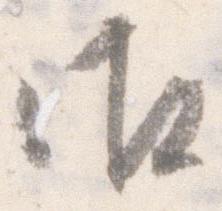
御